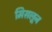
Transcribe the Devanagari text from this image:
मिसलून